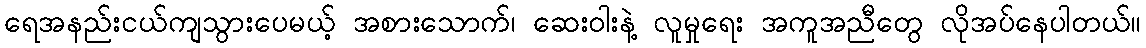
ရေအနည်းငယ်ကျသွားပေမယ့် အစားသောက်၊ ဆေးဝါးနဲ့ လူမှုရေး အကူအညီတွေ လိုအပ်နေပါတယ်။